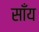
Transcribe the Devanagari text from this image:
साँय